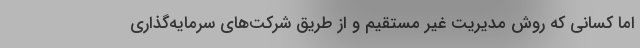
اما کسانی که روش مدیریت غیر مستقیم و از طریق شرکت‌های سرمایه‌گذاری